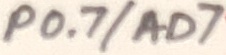
Text: P0.7/AD7